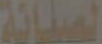
الصيانة